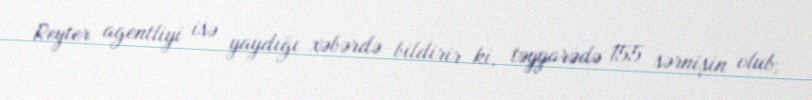
Reyter agentliyi isə yaydığı xəbərdə bildirir ki, təyyarədə 155 sərnişin olub,